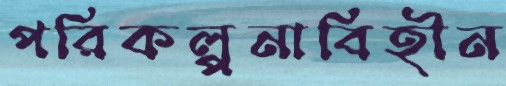
পরিকল্পনাবিহীন